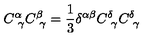
C _ { \ \gamma } ^ { \alpha } C _ { \ \gamma } ^ { \beta } = \frac 1 3 \delta ^ { \alpha \beta } C _ { \ \gamma } ^ { \delta } C _ { \ \gamma } ^ { \delta }